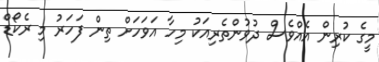
މީގެ ކުރިން އެއްވެސް ދުވުންތެރިއަކު މިހާ އަވަހަށް ތިން ފަހަރު މި ރެކޯޑް